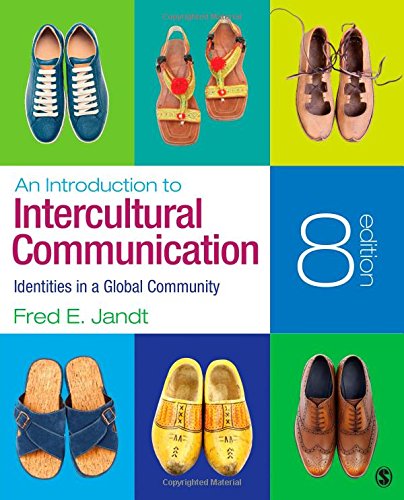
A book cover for An Introduction to Intercultural Communication: Identities in a Global Community; Fred E. (Edmund) Jandt; Politics & Social Sciences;